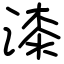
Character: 漆